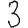
Digit: 3